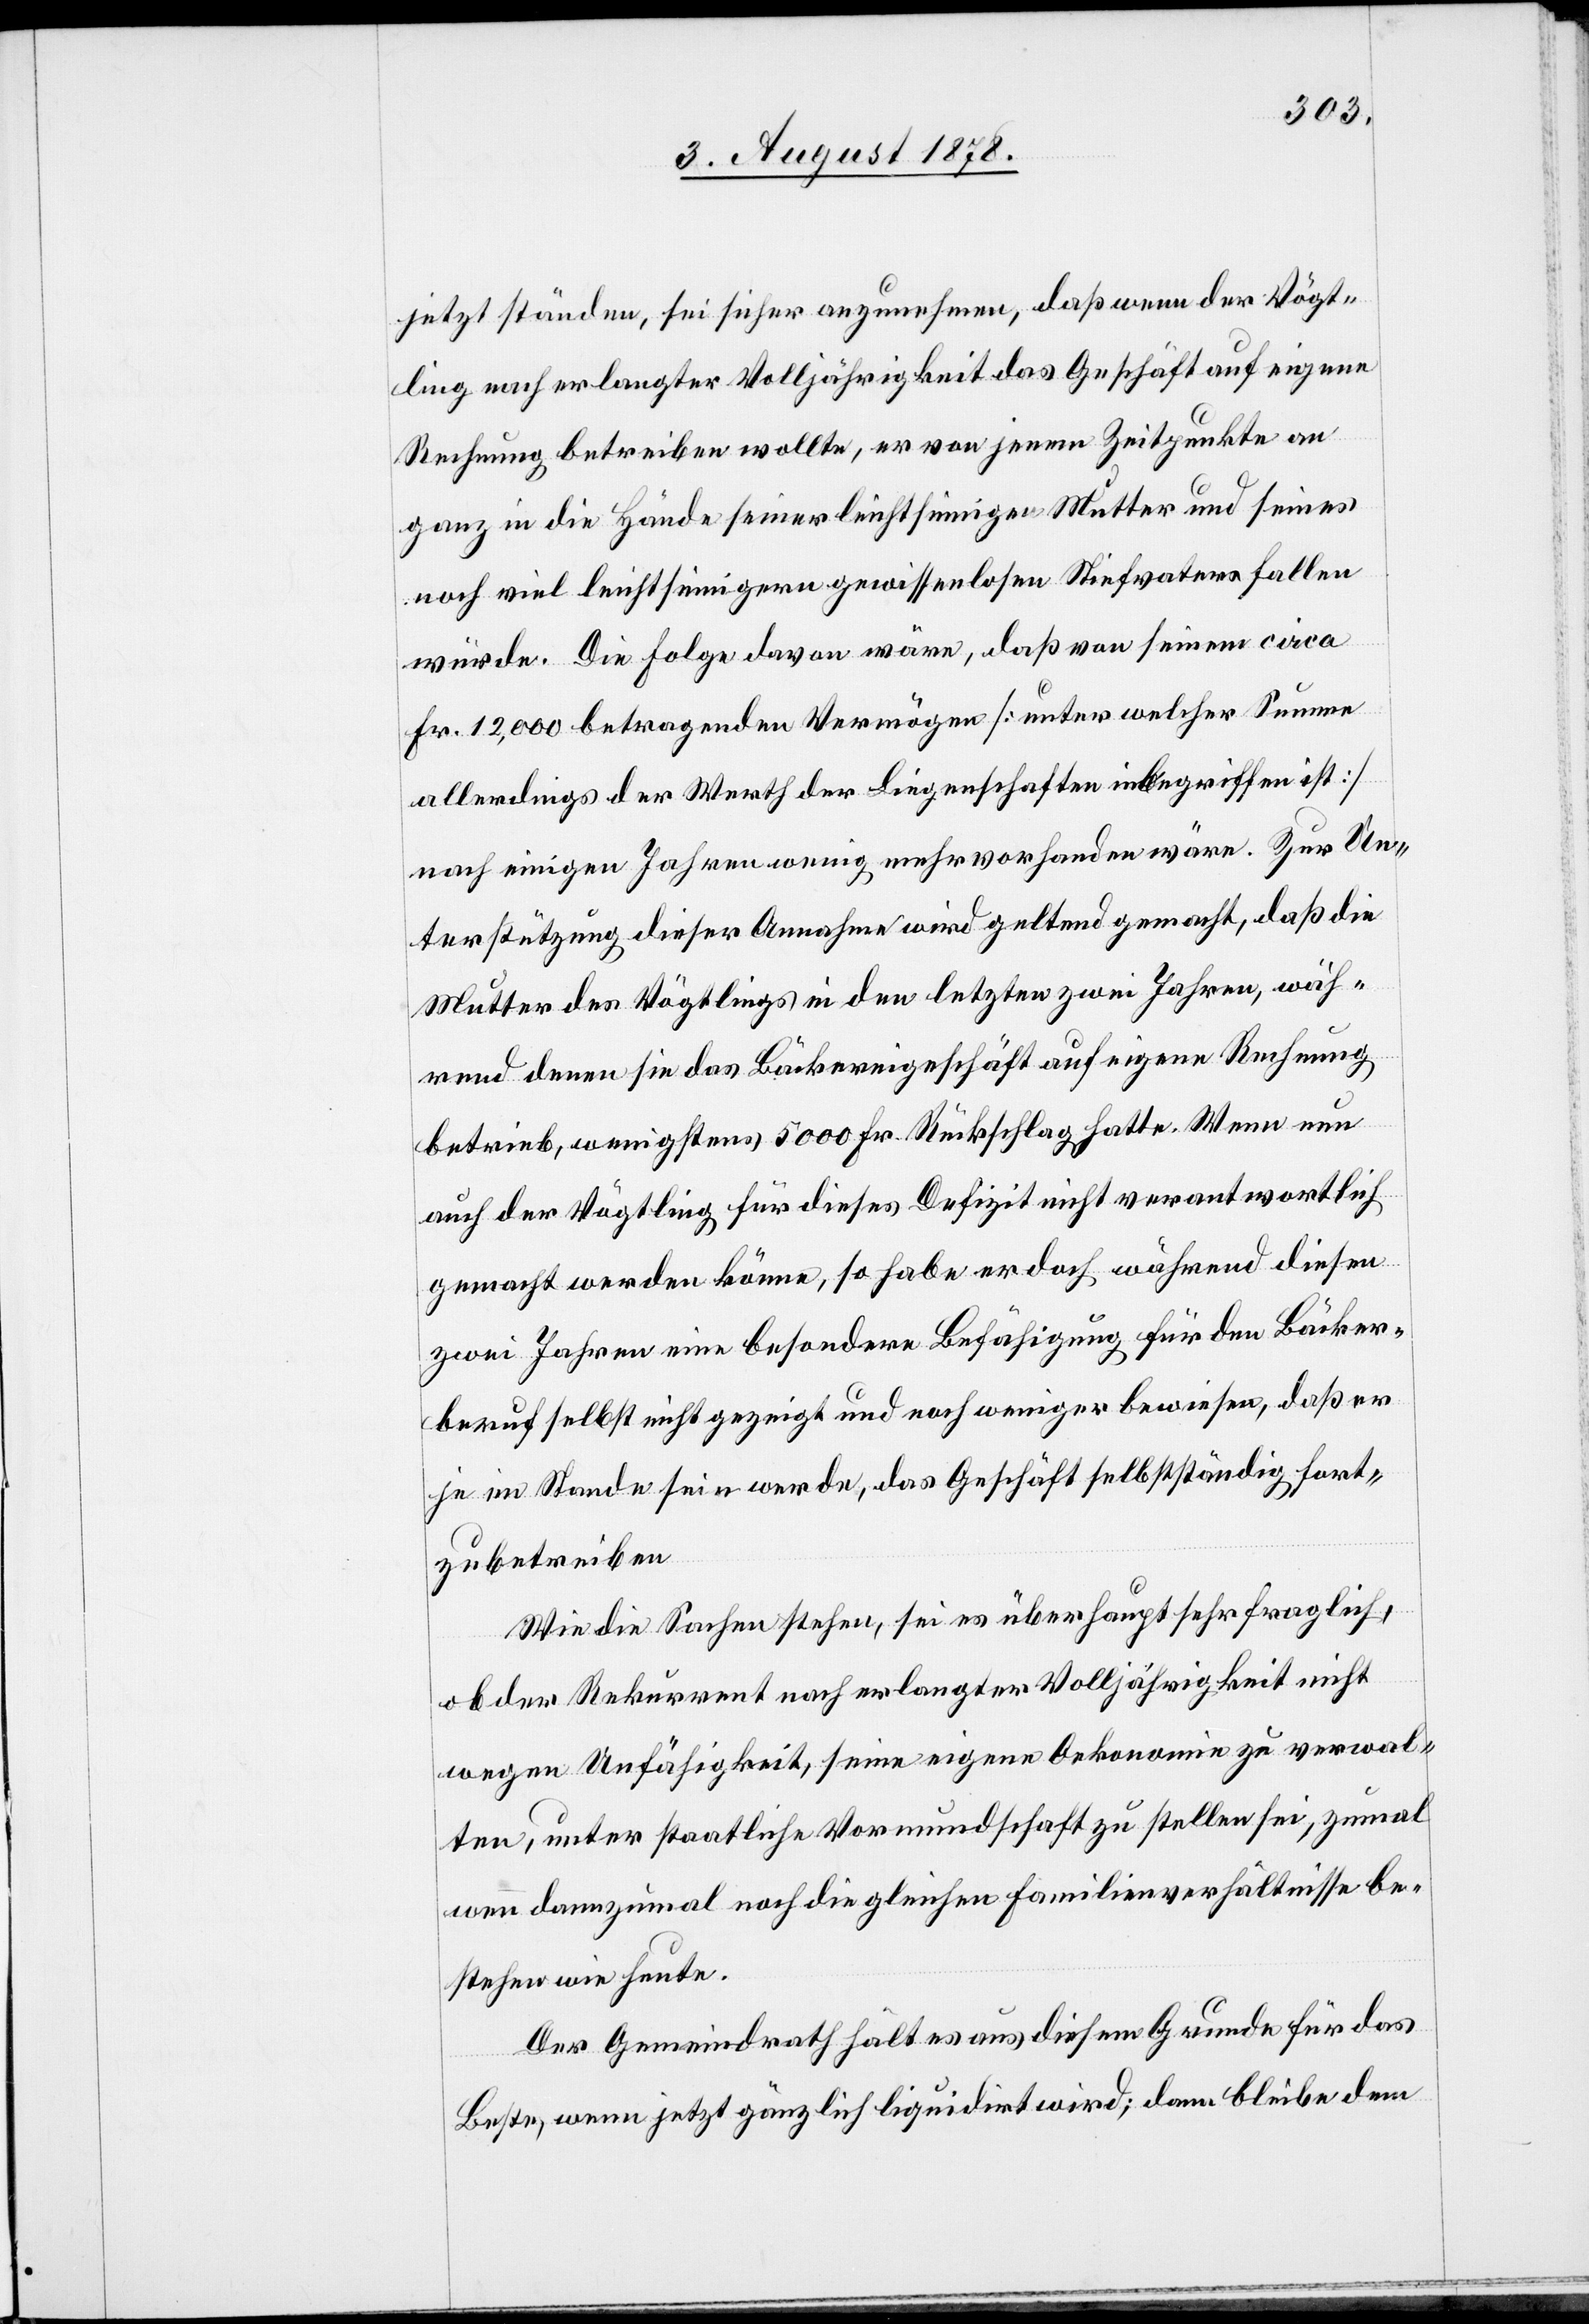
jetzt ständen, sei sicher anzunehmen, daß wenn der Vögt¬
ling nach erlangter Volljährigkeit das Geschäft auf eigene
Rechnung betreiben wollte, er von jenem Zeitpunkte an
ganz in die Hände seiner leichtsinnigen Mutter und seines
noch viel leichtinnigern gewissenlosen Stiefvater fallen
würde. Die Folge davon wäre, daß von seinem circa
Fr. 12,000 betragenden Vermögen [unter welcher Summe
allerdings der Werth der Liegenschaften inbegriffen ist]
nach einigen Jahren wenig mehr vorhanden wäre. Zur Un¬
terstützung dieser Annahme wird geltend gemacht, daß die
Mutter des Vögtlings in den letzten zwei Jahren, wäh¬
rend denen sie das Bäckereigeschäft auf eigene Rechnung
betrieb, wenigstens 5000 Fr. Rückschlag hatte. Wenn nun
auch der Vögtling für dieses Defizit nicht verantwortlich
gemacht werden könne, so habe er doch während diesen
zwei Jahren eine besondere Befähigung für den Bäcker¬
beruf selbst nicht gezeigt und noch weniger bewiesen, daß er
je im Stande sein werde, das Geschäft selbstständig fort¬
zubetreiben.
Wie die Sachen stehen, sei es überhaupt sehr fraglich,
ob der Rekurrent nach erlangter Volljährigkeit nicht
wegen Unfähigkeit, seine eigene Oekonomie zu verwal¬
ten, unter staatliche Vormundschaft zu stellen sei, zumal
wenn dannzumal noch die gleichen Familienverhältnisse be¬
stehen wie heute.
Der Gemeindrath hält es aus diesem Grunde für das
Beste, wenn jetzt gänzlich liquidirt wird; dann bleibe dem